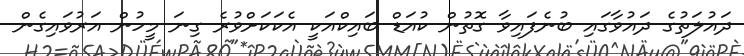
ދައުލަތުގެ ދައުވާގައި ބުނެފައިވާ ގޮތުން ކުއަޑް ބައިކްއަކީ އެކަކަށްވުރެ ގިނަ މީހުން އަރުވައިގެން